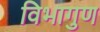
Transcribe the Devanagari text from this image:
विभागुण